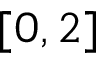
[ 0 , 2 ]